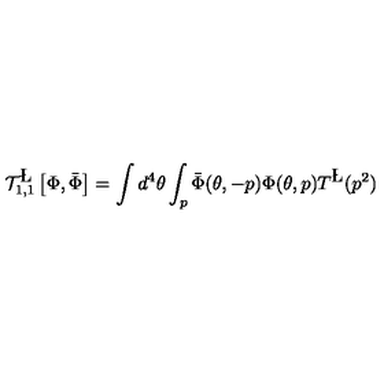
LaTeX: { \cal T } _ { 1 , 1 } ^ { \L } \left[ \Phi , \bar { \Phi } \right] = \int d ^ { 4 } \theta \int _ { p } \bar { \Phi } ( \theta , - p ) \Phi ( \theta , p ) T ^ { \L } ( p ^ { 2 } )